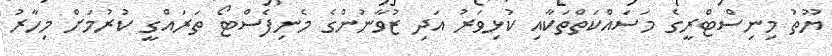
ޔޫތު މިނިސްޓްރީގެ މަސައްކަތްތަކާއި ކުޅިވަރު އަދި ޒުވާނުންގެ މެނިފެސްޓޯ ތަރައްގީ ކުރުމަށް މިހާރު